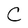
Character: C